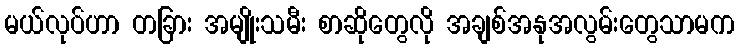
မယ်လုပ်ဟာ တခြား အမျိုးသမီး စာဆိုတွေလို အချစ်အနုအလွမ်းတွေသာမက